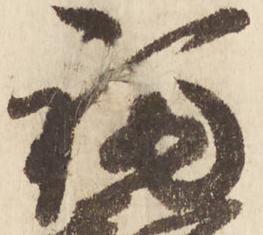
福